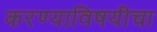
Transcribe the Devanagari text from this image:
करण्याविषयीचा